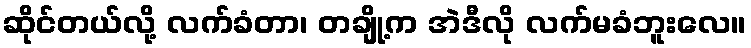
ဆိုင်တယ်လို့ လက်ခံတာ၊ တချို့က အဲဒီလို လက်မခံဘူးလေ။